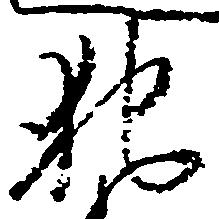
犯